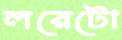
লরেটো